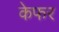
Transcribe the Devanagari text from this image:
केफर